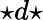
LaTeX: {\star}d{\star}